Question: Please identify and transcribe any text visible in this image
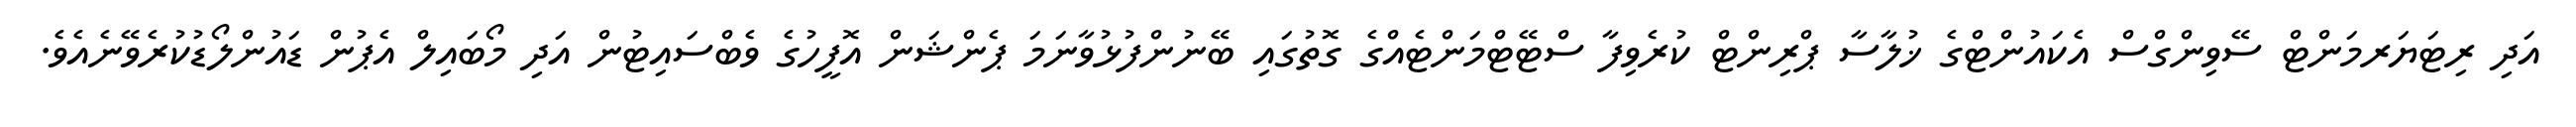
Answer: އަދި ރިޓަޔަރމަންޓް ސޭވިންގްސް އެކައުންޓްގެ ޚުލާސާ ޕްރިންޓް ކުރެވިފާ ސްޓޭޓްމަންޓެއްގެ ގޮތުގައި ބޭނުންފުޅުވާނަމަ ޕެންޝަން އޮފީހުގެ ވެބްސައިޓުން އަދި މޯބައިލް އެޕުން ޑައުންލޯޑުކުރެވޭނެއެވެ.